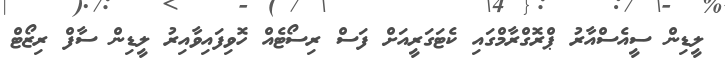
ލީޑިން ސީއެސްއާރު ޕްރޮގްރާމްގައި ކެޓަގަރީއަށް ފަސް ރިސޯޓެއް ހޮވިފައިވާއިރު ލީޑިން ސާފް ރިޒޯޓް